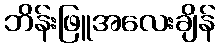
ဘိန်းဖြူအလေးချိန်